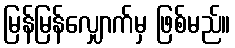
မြန်မြန်လျှောက်မှ ဖြစ်မည်။